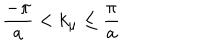
\frac { - \pi } { a } < k _ { \mu } \leq \frac { \pi } { a }